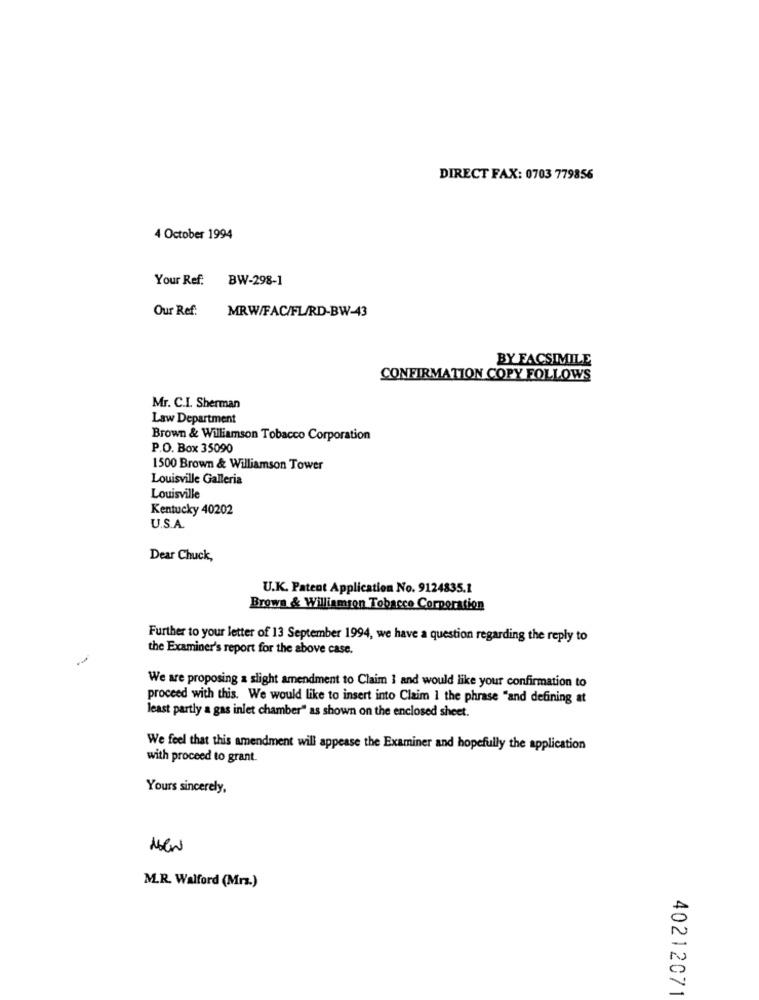
DIRECT FAX: 0703 779856
4 October 1994
Your Ref: BW-298-1
Our Ref:
MRW/FAC/FL/RD-BW-43
BY FACSIMILE
CONFIRMATION COPY FOLLOWS
Mr. C.I. Sherman
Law Department
Brown & Williamson Tobacco Corporation
P.O. Box 35090
1500 Brown & Williamson Tower
Louisville Galleria
Louisville
Kentucky 40202
U.S.A.
Dear Chuck,
U.K. Patent Application No. 9124835.1
Brown & Williamson Tobacco Corporation
Further to your letter of 13 September 1994, we have a question regarding the reply to
the Examiner's report for the above case.
We are proposing a slight amendment to Claim 1 and would like your confirmation to
proceed with this. We would like to insert into Claim I the phrase "and defining at
least partly a gas inlet chamber" as shown on the enclosed sheet.
We feel that this amendment will appease the Examiner and hopefully the application
with proceed to grant.
Yours sincerely,
M.R. Walford (Mrz.)
40212071